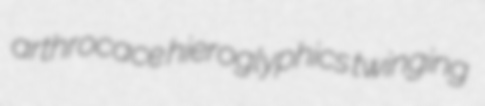
arthrocace hieroglyphics twinging